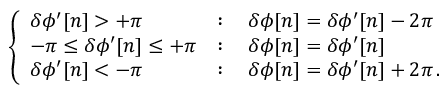
\left\{ \begin{array} { l l } { \delta \phi ^ { \prime } [ n ] > + \pi } & { : \quad \delta \phi [ n ] = \delta \phi ^ { \prime } [ n ] - 2 \pi } \\ { - \pi \leq \delta \phi ^ { \prime } [ n ] \leq + \pi } & { : \quad \delta \phi [ n ] = \delta \phi ^ { \prime } [ n ] } \\ { \delta \phi ^ { \prime } [ n ] < - \pi } & { : \quad \delta \phi [ n ] = \delta \phi ^ { \prime } [ n ] + 2 \pi \, . } \end{array} \right.